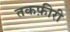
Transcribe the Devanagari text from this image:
तकफ़ीरी